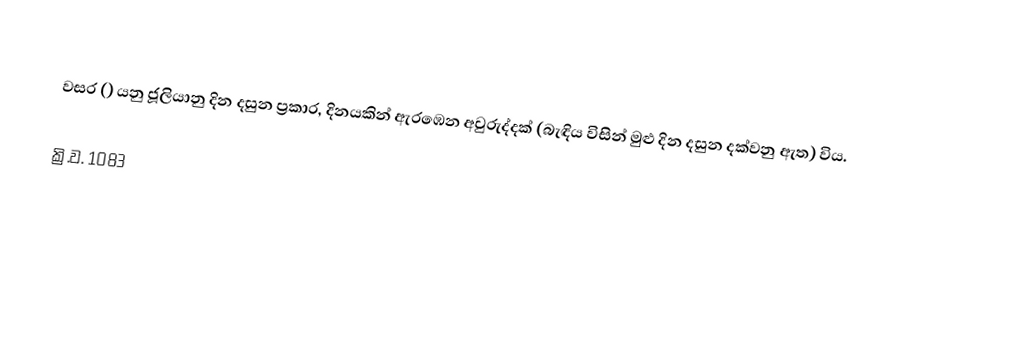

වසර   () යනු ජූලියානු දින දසුන ප්‍රකාර,    දිනයකින් ඇරඹෙන  අවුරුද්දක් (බැඳිය විසින් මුළු දින දසුන දක්වනු ඇත) විය.

ක්‍රි.ව. 1083